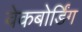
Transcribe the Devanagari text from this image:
वेकबोर्डिंग